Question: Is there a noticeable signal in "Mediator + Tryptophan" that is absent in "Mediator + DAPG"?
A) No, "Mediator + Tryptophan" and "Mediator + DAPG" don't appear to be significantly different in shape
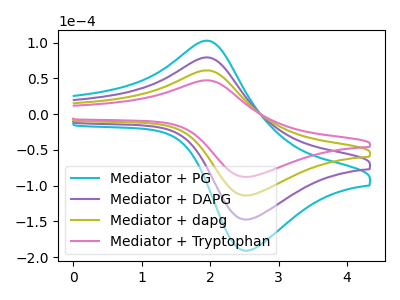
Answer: <think>The cyan curve "Mediator + PG" has an anodic peak at (1.95V, 183.15uA) and a cathodic peak at (2.55V, -341.05uA). The purple curve "Mediator + DAPG" has an anodic peak at (1.95V, 122.10uA) and a cathodic peak at (2.55V, -227.40uA). The olive curve "Mediator + dapg" has an anodic peak at (1.95V, 61.05uA) and a cathodic peak at (2.55V, -113.70uA). The pink curve "Mediator + Tryptophan" has an anodic peak at (1.95V, 47.15uA) and a cathodic peak at (2.55V, -87.75uA).
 All the peaks in "Mediator + Tryptophan" have a peak in "Mediator + DAPG" at the same potential. Every peak in "Mediator + Tryptophan" is lower than every peak in "Mediator + DAPG".</think>
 <answer>A) No, "Mediator + Tryptophan" and "Mediator + DAPG" don't appear to be significantly different in shape</answer>
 <eval>A</eval>